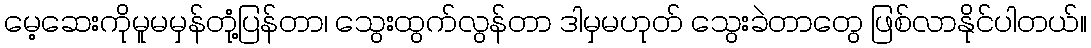
မေ့ဆေးကိုမူမမှန်တုံ့ပြန်တာ၊ သွေးထွက်လွန်တာ ဒါမှမဟုတ် သွေးခဲတာတွေ ဖြစ်လာနိုင်ပါတယ်။